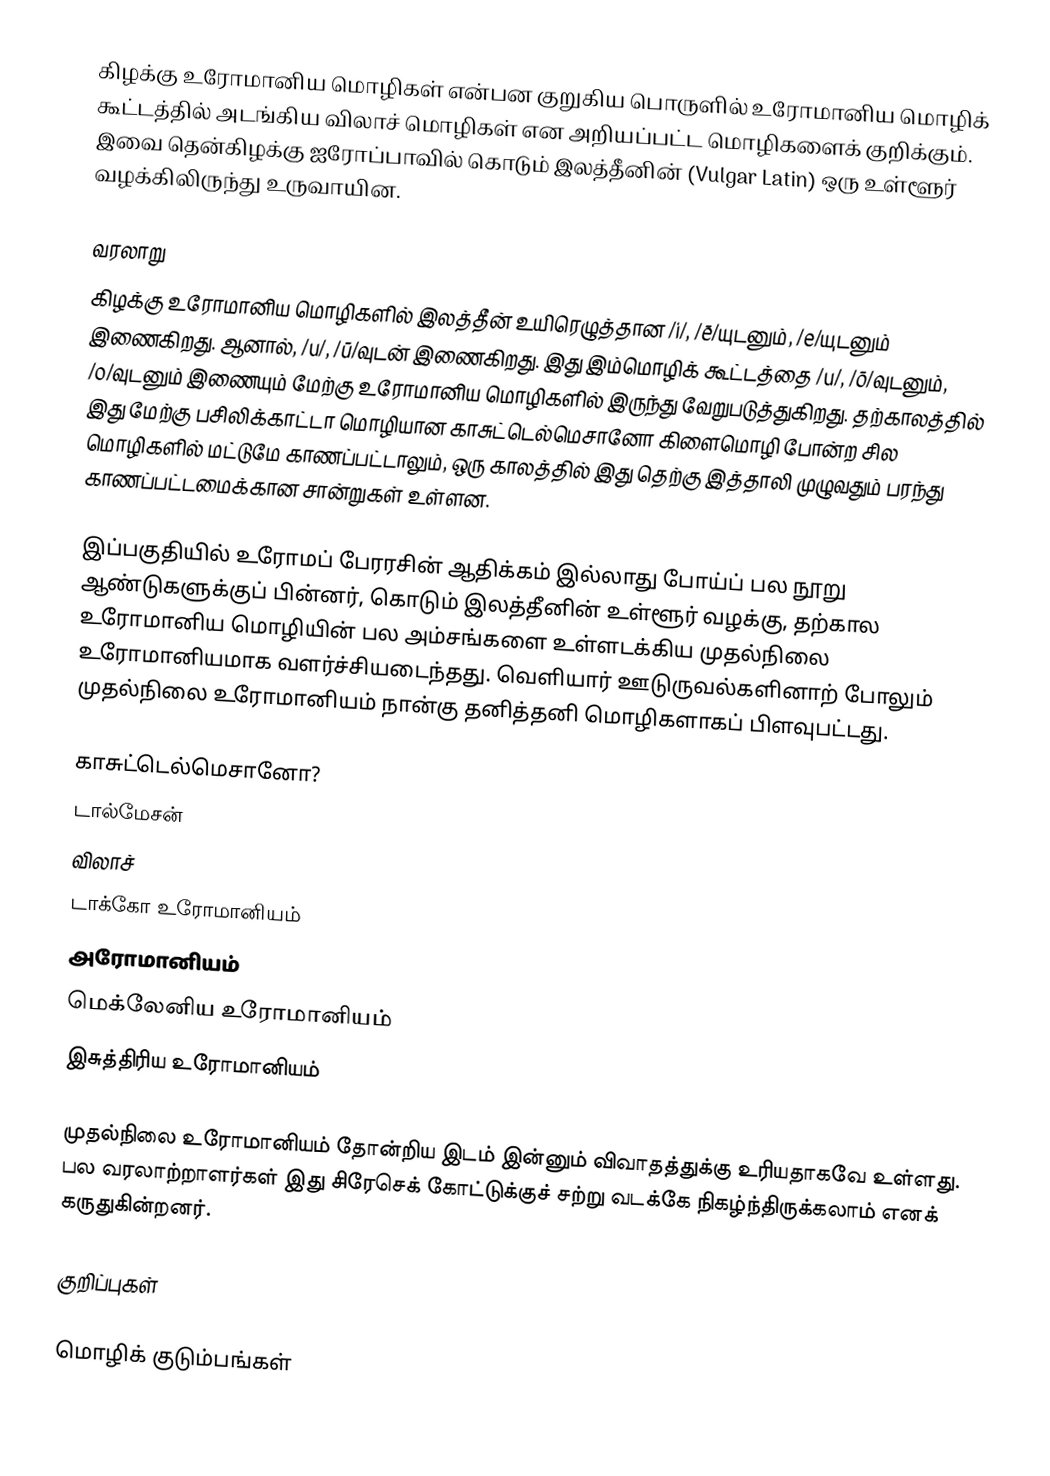
கிழக்கு உரோமானிய மொழிகள் என்பன குறுகிய பொருளில் உரோமானிய மொழிக் கூட்டத்தில் அடங்கிய விலாச் மொழிகள் என அறியப்பட்ட மொழிகளைக் குறிக்கும். இவை தென்கிழக்கு ஐரோப்பாவில் கொடும் இலத்தீனின் (Vulgar Latin) ஒரு உள்ளூர் வழக்கிலிருந்து உருவாயின.

வரலாறு
கிழக்கு உரோமானிய மொழிகளில் இலத்தீன் உயிரெழுத்தான /i/,   /ē/யுடனும், /e/யுடனும் இணைகிறது. ஆனால், /u/, /ū/வுடன் இணைகிறது. இது இம்மொழிக் கூட்டத்தை  /u/,  /ō/வுடனும், /o/வுடனும் இணையும் மேற்கு உரோமானிய மொழிகளில் இருந்து வேறுபடுத்துகிறது. தற்காலத்தில் இது மேற்கு பசிலிக்காட்டா மொழியான காசுட்டெல்மெசானோ கிளைமொழி போன்ற சில மொழிகளில் மட்டுமே காணப்பட்டாலும், ஒரு காலத்தில் இது தெற்கு இத்தாலி முழுவதும் பரந்து காணப்பட்டமைக்கான சான்றுகள் உள்ளன.

இப்பகுதியில் உரோமப் பேரரசின் ஆதிக்கம் இல்லாது போய்ப் பல நூறு ஆண்டுகளுக்குப் பின்னர், கொடும் இலத்தீனின் உள்ளூர் வழக்கு, தற்கால உரோமானிய மொழியின் பல அம்சங்களை உள்ளடக்கிய முதல்நிலை உரோமானியமாக வளர்ச்சியடைந்தது. வெளியார்  ஊடுருவல்களினாற் போலும் முதல்நிலை உரோமானியம் நான்கு தனித்தனி மொழிகளாகப் பிளவுபட்டது.

 காசுட்டெல்மெசானோ?
 டால்மேசன்
 விலாச்
 டாக்கோ உரோமானியம்
 அரோமானியம்
 மெக்லேனிய உரோமானியம்
 இசுத்திரிய உரோமானியம்

முதல்நிலை உரோமானியம் தோன்றிய இடம் இன்னும் விவாதத்துக்கு உரியதாகவே உள்ளது. பல வரலாற்றாளர்கள் இது சிரேசெக் கோட்டுக்குச் சற்று வடக்கே நிகழ்ந்திருக்கலாம் எனக் கருதுகின்றனர்.

குறிப்புகள்

மொழிக் குடும்பங்கள்